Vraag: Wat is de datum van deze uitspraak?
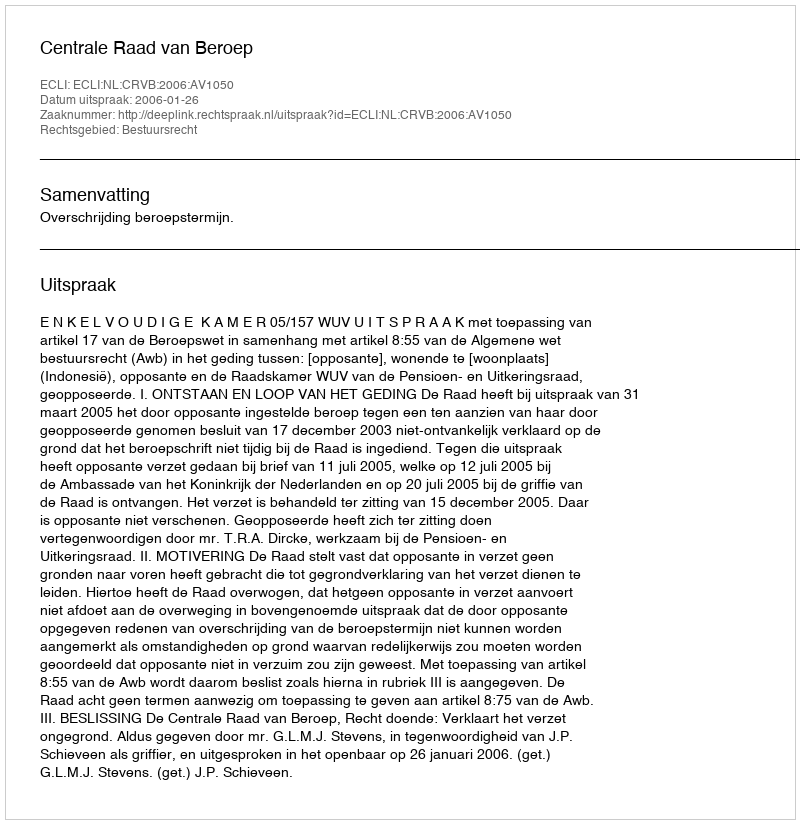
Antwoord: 2006-01-26